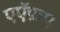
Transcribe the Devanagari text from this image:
एऍफ़ए